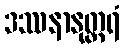
ဒဿနာနုတ္တရံ